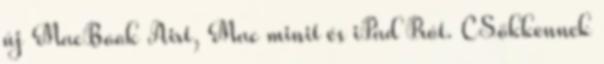
új MacBook Airt, Mac minit és iPad Prót. CSökkennek